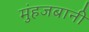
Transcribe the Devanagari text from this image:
मुंहजबानी